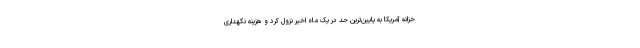
خزانه آمریکا به پایین‌ترین حد در یک ماه اخیر نزول کرد و هزینه نگهداری